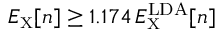
E _ { \scriptscriptstyle \mathrm { X } } [ n ] \geq 1 . 1 7 4 \, E _ { \scriptscriptstyle \mathrm { X } } ^ { \mathrm { L D A } } [ n ]